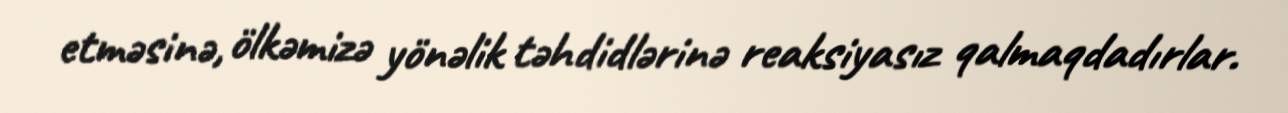
etməsinə, ölkəmizə yönəlik təhdidlərinə reaksiyasız qalmaqdadırlar.